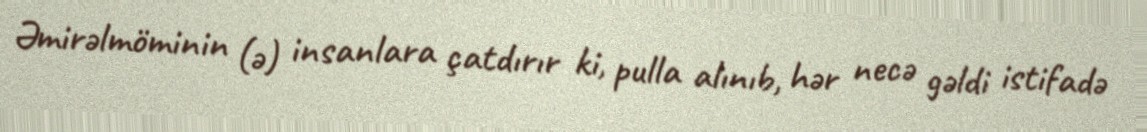
Əmirəlmöminin (ə) insanlara çatdırır ki, pulla alınıb, hər necə gəldi istifadə